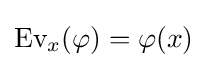
{\text{Ev}}_{x}(\varphi )=\varphi (x)